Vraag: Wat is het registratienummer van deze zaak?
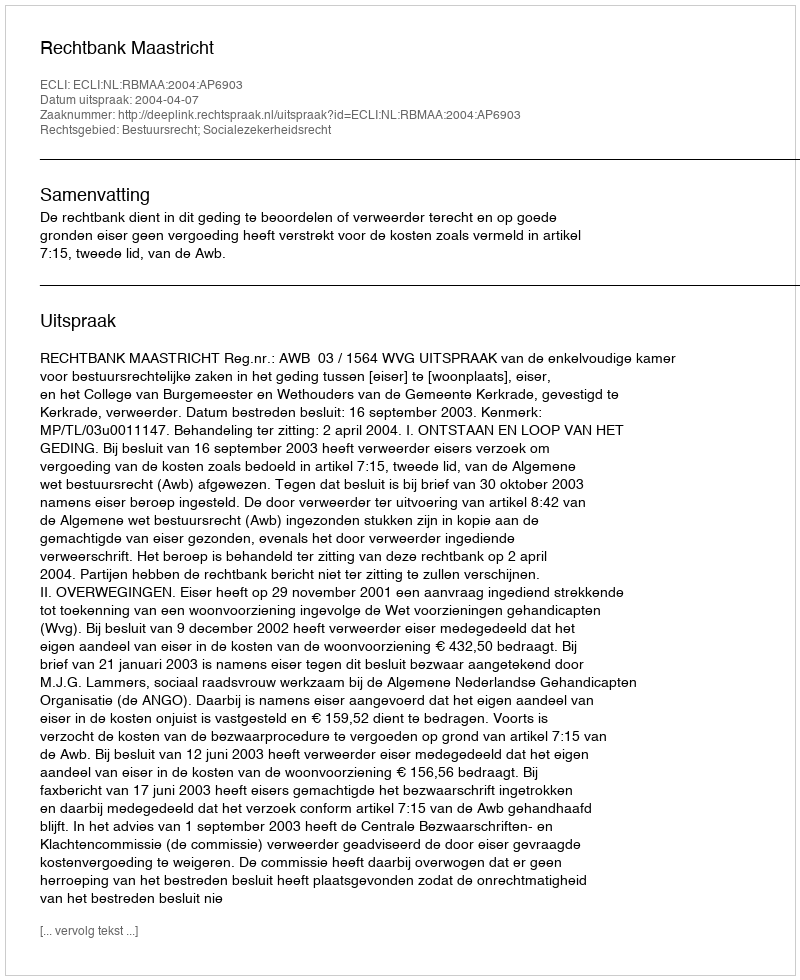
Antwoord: http://deeplink.rechtspraak.nl/uitspraak?id=ECLI:NL:RBMAA:2004:AP6903